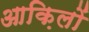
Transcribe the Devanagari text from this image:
आक़िलों